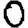
Digit: 0